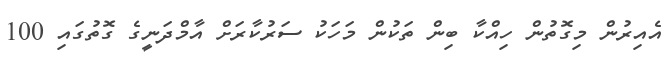
އެއިރުން މިގޮތުން ހިއްކާ ބިން ތަކުން މަހަކު ސަރުކާރަށް އާމްދަނީގެ ގޮތުގައި 100